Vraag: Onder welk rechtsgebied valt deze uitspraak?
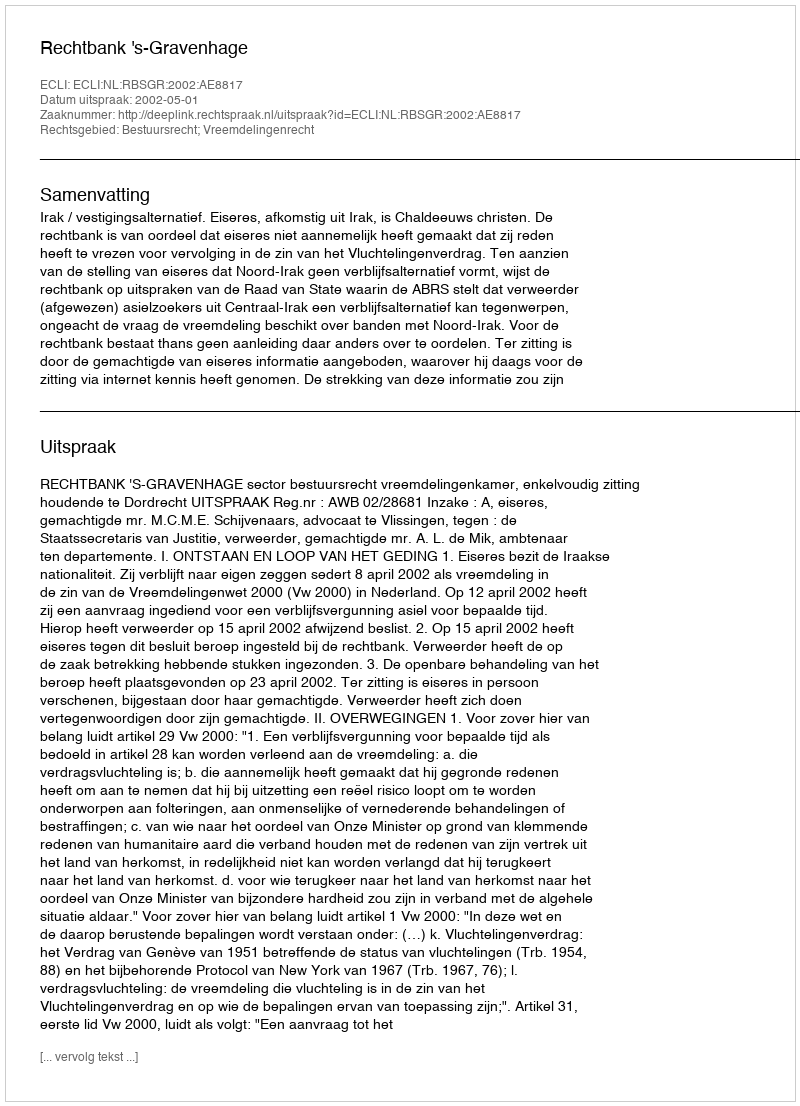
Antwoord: Bestuursrecht; Vreemdelingenrecht